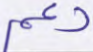
دعم